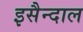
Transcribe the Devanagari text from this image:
इसैन्दाल